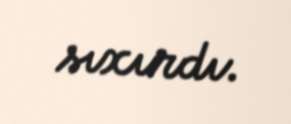
sıxırdı.